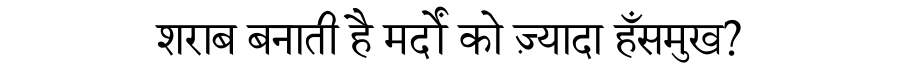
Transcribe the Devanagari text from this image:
शराब बनाती है मर्दों को ज़्यादा हँसमुख?